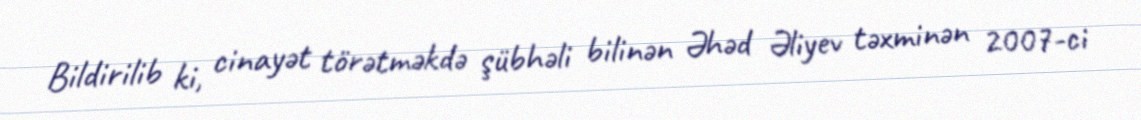
Bildirilib ki, cinayət törətməkdə şübhəli bilinən Əhəd Əliyev təxminən 2007-ci